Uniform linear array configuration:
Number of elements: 32
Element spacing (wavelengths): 1
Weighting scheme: blackman
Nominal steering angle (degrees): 0
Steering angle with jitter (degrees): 1.638
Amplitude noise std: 0.05
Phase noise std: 0.05

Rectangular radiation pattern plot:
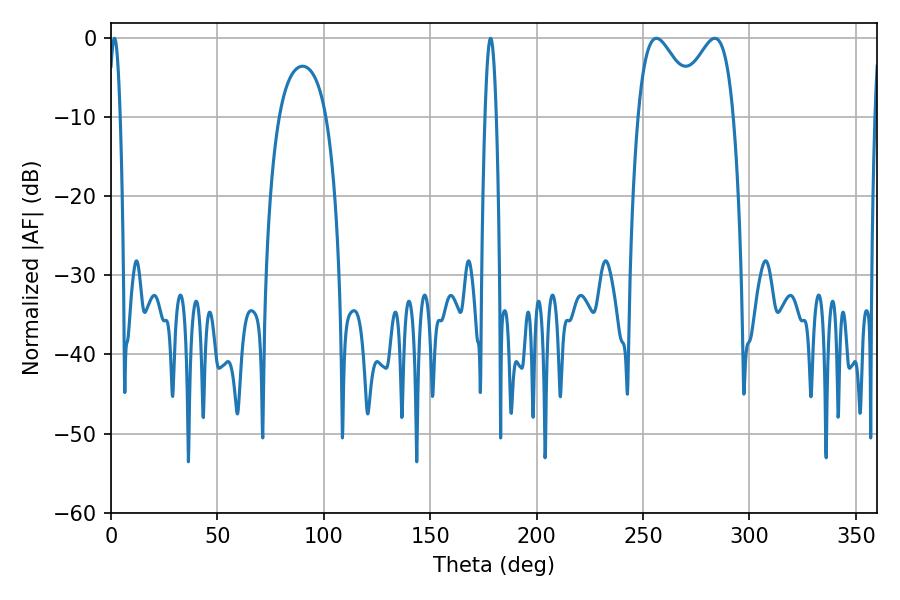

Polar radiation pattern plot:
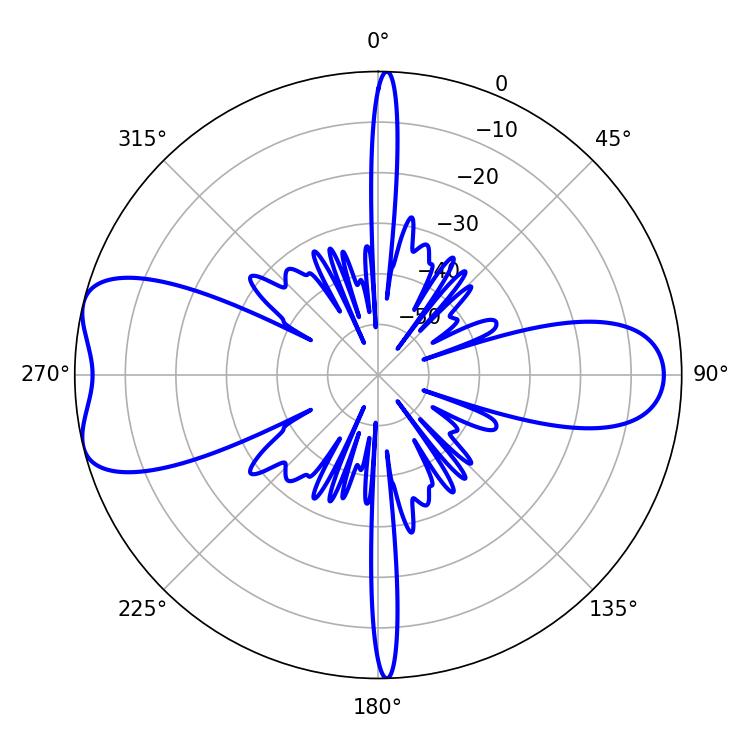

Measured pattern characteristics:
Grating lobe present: TRUE
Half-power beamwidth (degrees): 15.12
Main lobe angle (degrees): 256.32